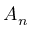
A _ { n }